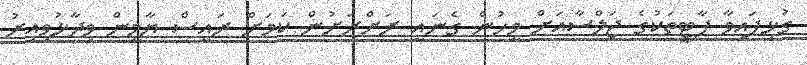
ގުޅިފައިވާ ޕާޓީތަކުގެ ޖަލްސާއަށް މީހުން ގެނައީ ރަށްރަށުން ކަމަށް ރައީސް ޔާމީން ވިދާޅުވިއިރު